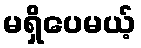
မရှိပေမယ့်